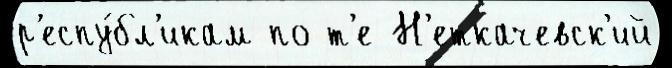
р'еспу́бл'икам по т'е Н'еткачевск'ий